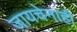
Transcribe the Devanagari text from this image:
जायचेनाही